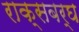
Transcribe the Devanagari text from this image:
राक्सबर्घ